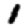
Digit: 1